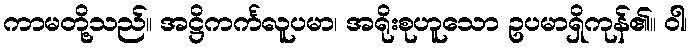
ကာမတို့သည်။ အဋ္ဌိကင်္ကလူပမာ၊ အရိုးစုဟူသော ဥပမာရှိကုန်၏။ ဝါ၊